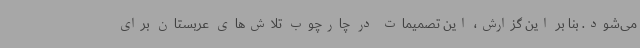
می‌شود. بنا بر این گزارش، این تصمیمات در چارچوب تلاش‌های عربستان برای